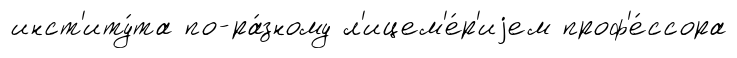
инст'иту́та по-ра́зному л'ицем'е́р'иjем проф'е́ссора